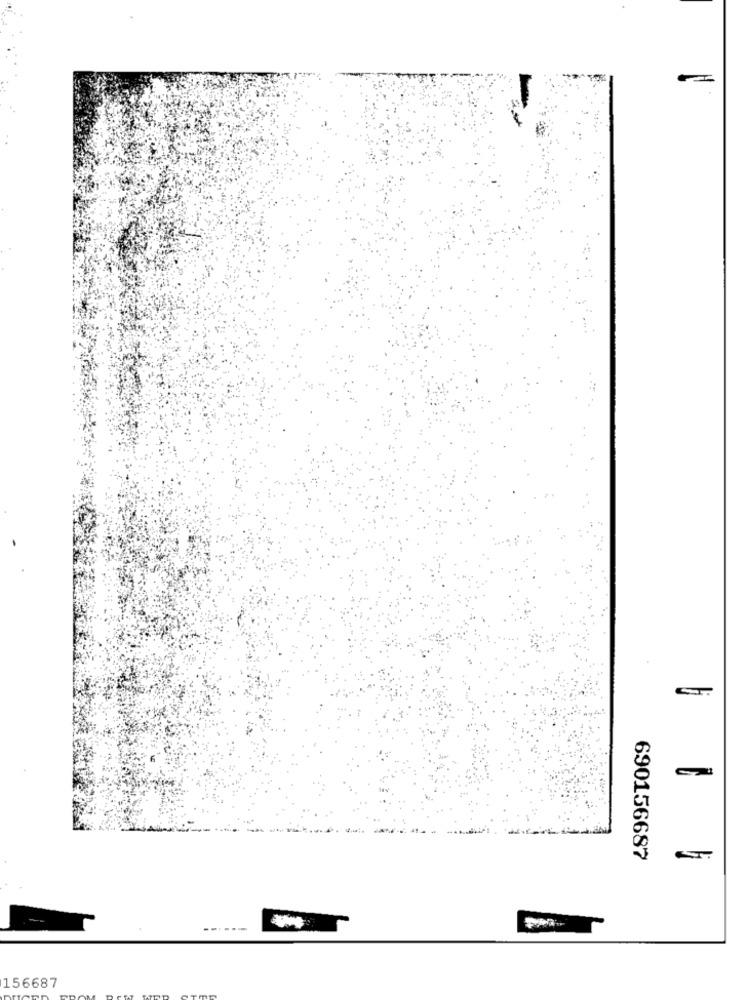
690156687
--
156687